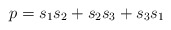
\begin{align*}\begin{aligned}p = s_1s_2 + s_2s_3 + s_3s_1 \\\end{aligned}\end{align*}